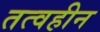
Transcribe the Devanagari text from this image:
तत्वहीन